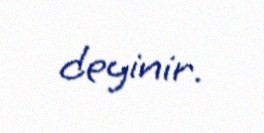
deyinir.